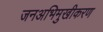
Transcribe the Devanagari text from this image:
जनअभिमुखीकरण